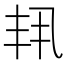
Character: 𫡗